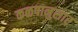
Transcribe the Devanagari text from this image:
कळपानुसार